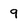
Character: 9